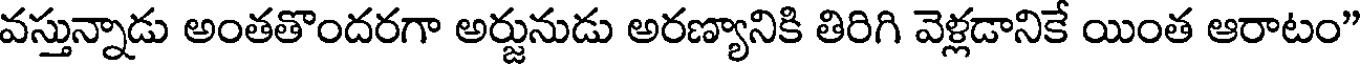
వస్తున్నాడు అంతతొందరగా అర్జునుడు అరణ్యానికి తిరిగి వెళ్లడానికే యింత ఆరాటం"